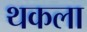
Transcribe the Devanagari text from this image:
थकला